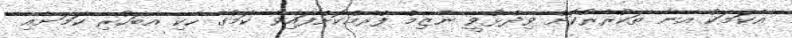
އެކަމަކު އޭނާ ތަކުރާރުކޮށް ވިދާޅުވީ ނާޒިމް ފްރޭމްކޮށްފައިވާ ކަމުގެ ހެކި އެބަހުރި ކަމަށާއި